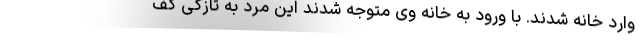
وارد خانه شدند. با ورود به خانه وی متوجه شدند این مرد به تازگی کف